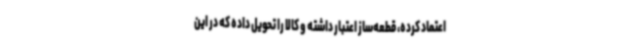
اعتماد کرده، قطعه‌ساز اعتبار داشته و کالا را تحویل داده که در این